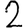
Digit: 2